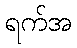
ရက်အ